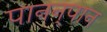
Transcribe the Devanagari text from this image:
पानन्‌पान